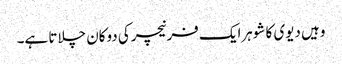
وہیں دیوی کا شوہرایک فرنیچرکی دوکان چلاتا ہے۔